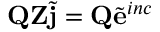
{ \bf Q } { \bf Z } { \tilde { \bf j } } = { \bf Q } { \tilde { \bf e } } ^ { i n c }